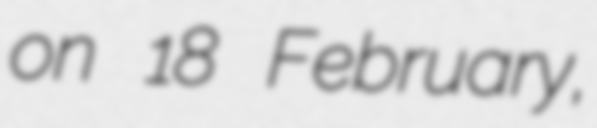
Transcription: on 18 February,